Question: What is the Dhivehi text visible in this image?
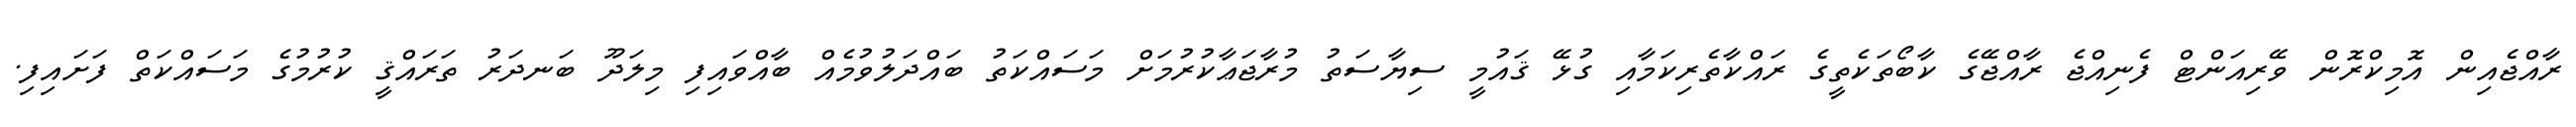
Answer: ރާއްޖެއިން އޮމިކްރޮން ވޭރިއަންޓް ފެނިއްޖެ ރާއްޖޭގެ ކާބޯތަކެތީގެ ރައްކާތެރިކަމާއި ގުޅޭ ޤައުމީ ސިޔާސަތު މުރާޖަޢާކުރުމަށް މަސައްކަތު ބައްދަލުވުމެއް ބާއްވައިފި މިލަދޫ ބަނދަރު ތަރައްޤީ ކުރުމުގެ މަސައްކަތް ފަށައިފި.